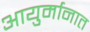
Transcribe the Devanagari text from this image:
आयुर्मानात